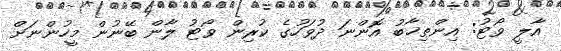
އާލީ ވޯޓު: އިންތިޚާބު އޮންނަ ދުވަހުގެ ކުރިން ވޯޓު ލާން ބޭނުން މީހުންނަށް